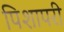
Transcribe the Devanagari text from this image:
पिशापरी